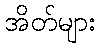
အိတ်များ